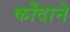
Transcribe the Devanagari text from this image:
कोंदाने